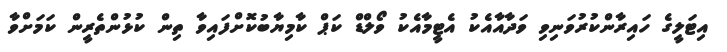
އިޓަލީގެ ހައިރާންކުރުވަނިވި ވަދާއާއެކު އެޓީމާއެކު ވޯލްޑް ކަޕް ކާމިޔާބުކޮށްފައިވާ ތިން ކުޅުންތެރީން ކަމަށްވާ